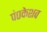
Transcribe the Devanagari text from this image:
पं०केशव